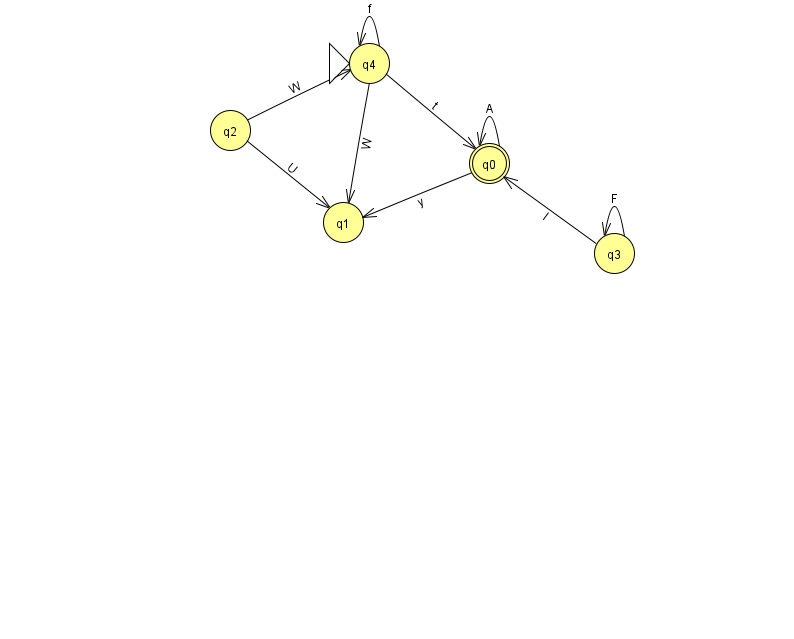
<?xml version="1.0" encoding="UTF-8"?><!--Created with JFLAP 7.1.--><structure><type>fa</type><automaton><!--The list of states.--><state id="0" name="q0"><x>489.0</x><y>150.0</y><final/></state><state id="1" name="q1"><x>343.0</x><y>209.0</y></state><state id="2" name="q2"><x>230.0</x><y>117.0</y></state><state id="3" name="q3"><x>614.0</x><y>240.0</y></state><state id="4" name="q4"><x>369.0</x><y>50.0</y><initial/></state><!--The list of transitions.--><transition><from>0</from><to>1</to><read>y</read></transition><transition><from>0</from><to>0</to><read>A</read></transition><transition><from>3</from><to>0</to><read>l</read></transition><transition><from>2</from><to>1</to><read>U</read></transition><transition><from>2</from><to>4</to><read>W</read></transition><transition><from>4</from><to>1</to><read>W</read></transition><transition><from>3</from><to>3</to><read>F</read></transition><transition><from>4</from><to>4</to><read>f</read></transition><transition><from>4</from><to>0</to><read>t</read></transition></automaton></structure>